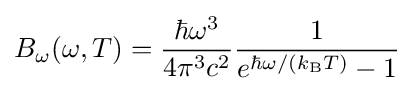
B_{\omega }(\omega ,T)={\frac {\hbar \omega ^{3}}{4\pi ^{3}c^{2}}}{\frac {1}{e^{\hbar \omega /(k_{\mathrm {B} }T)}-1}}